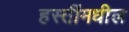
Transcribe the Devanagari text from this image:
हस्तींमधील